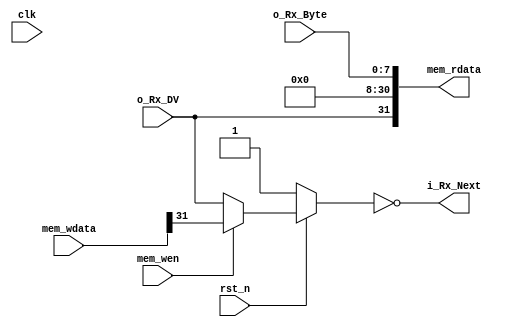
// This file contains the UART Receiver.  This receiver is able to
// receive 8 bits of serial data, one start bit, one stop bit,
// and no parity bit.  When receive is complete o_rx_dv will be
// driven high for one clock cycle.
// 
  
// +----------------------------------------------+
// |  31   |  30   | 29 ...  8   |    7  ... 0    |
// | READY | VALID | don't care  |  Serial data   |
// +----------------------------------------------+

// Usage: When Data is valid, bit 30 == 1
//        Write bit 31 to 1 (1 cycle is okay) to read next
//        (then bit 31 will automatically set to 0)
// After CPU read the data, CPU set the ready bit to 0, and continue to receive the data.

module uart_mem (
    input mem_wen,
    input clk,
    input rst_n,
    input [31:0] mem_wdata,
    input o_Rx_DV,
    input [7:0] o_Rx_Byte,
    output [31:0] mem_rdata,
    output i_Rx_Next
  
);
    wire ready_bit;
    reg ready_bit_prev;
    assign mem_rdata[31]    =   o_Rx_DV;    // Ready bit
    // assign mem_rdata[30]    =   o_Rx_DV;   // Valid bit
    assign mem_rdata[7:0]   =   o_Rx_Byte;
    assign mem_rdata[30:8]  =   23'b0;
    // assign i_Rx_Next = ready_bit;
    assign i_Rx_Next = ~ready_bit;
    assign ready_bit = ~rst_n ? 1'b1 : mem_wen ? mem_wdata[31] :o_Rx_DV;
    
    // always @ (posedge clk or negedge rst_n) 
    //   begin
    //     if (~rst_n) begin
    //         ready_bit <= 1'b1;
    //     end else begin
    //         if (mem_wen) begin
    //             ready_bit <= mem_wdata[31];
    //         end else begin
    //             ready_bit <= o_Rx_DV;
    //         end
    //     end
    //   end
    
    // always @ (posedge clk or negedge rst_n)
    //   begin
    //     if (~rst_n) begin
    //       ready_bit_prev <= 1'b0;
    //     end else begin
    //       ready_bit_prev <= ready_bit;
    //     end
    //   end
endmodule